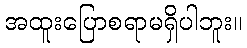
အထူးပြောစရာမရှိပါဘူး။